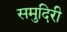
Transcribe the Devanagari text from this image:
समुदिरी